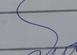
Signature authenticity: genuine